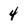
Character: 4